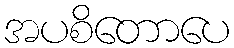
အပစိတောပေ